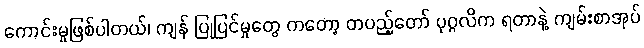
ကောင်းမှုဖြစ်ပါတယ်၊ ကျန် ပြုပြင်မှုတွေ ကတော့ တပည့်တော် ပုဂ္ဂလိက ရတာနဲ့ ကျမ်းစာအုပ်